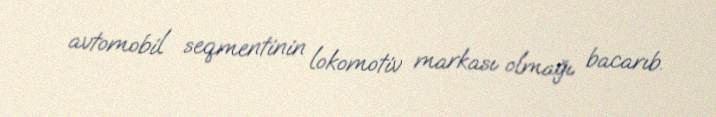
avtomobil seqmentinin lokomotiv markası olmağı bacarıb.